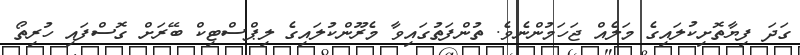
ގަދަ ފިޔާތޮށިކުލައިގެ މަލެއް ޖަހަމުންނެވެ. ތުންފަތުގައިވާ މެރޫންކުލައިގެ ލިޕްސްޓިކް ބޭރަށް ގޮސްފައި ހުރިތޯ